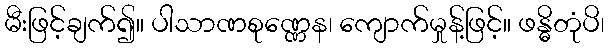
မီးဖြင့်ချက်၍။ ပါသာဏစုဏ္ဏေန၊ ကျောက်မှုန့်ဖြင့်။ ဖန္ဓိတုံပိ၊